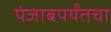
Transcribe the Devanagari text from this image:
पंजाबपर्यंतचा